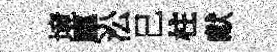
境犀㳂巳柱獻